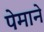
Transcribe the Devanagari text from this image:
पेमाने